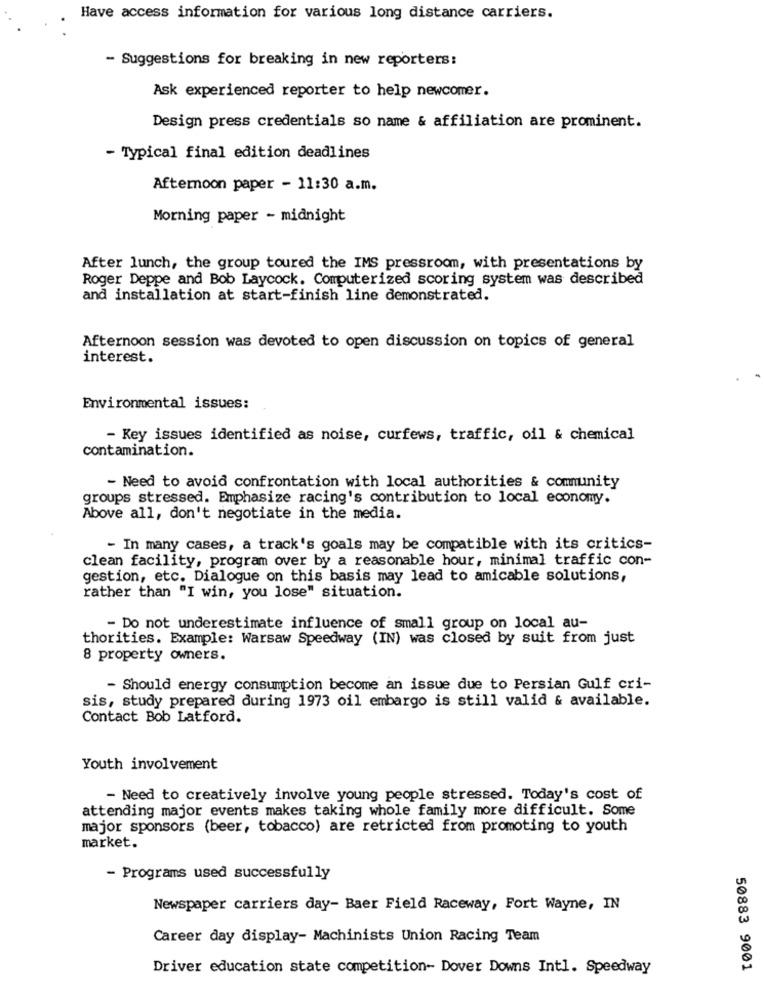
Have access information for various long distance carriers.
- Suggestions for breaking in new reporters:
Ask experienced reporter to help newcomer.
Design press credentials so name & affiliation are prominent.
- Typical final edition deadlines
Afternoon paper - 11:30 a.m.
Morning paper - midnight
After lunch, the group toured the IMS pressroom, with presentations by
Roger Deppe and Bob Laycock. Computerized scoring system was described
and installation at start-finish line demonstrated.
Afternoon session was devoted to open discussion on topics of general
interest.
Environmental issues:
- Key issues identified as noise, curfews, traffic, oil & chemical
contamination.
- Need to avoid confrontation with local authorities & community
groups stressed. Emphasize racing's contribution to local economy.
Above all, don't negotiate in the media.
- In many cases, a track's goals may be compatible with its critics-
clean facility, program over by a reasonable hour, minimal traffic con-
gestion, etc. Dialogue on this basis may lead to amicable solutions,
rather than "I win, you lose" situation.
- Do not underestimate influence of small group on local au-
thorities. Example: Warsaw Speedway (IN) was closed by suit from just
8 property owners.
- Should energy consumption become an issue due to Persian Gulf cri-
sis, study prepared during 1973 oil embargo is still valid & available.
Contact Bob Latford.
Youth involvement
- Need to creatively involve young people stressed. Today's cost of
attending major events makes taking whole family more difficult. Some
major sponsors (beer, tobacco) are retricted from promoting to youth
market.
- Programs used successfully
Newspaper carriers day- Baer Field Raceway, Fort Wayne, IN
Career day display- Machinists Union Racing Team
Driver education state competition- Dover Downs Intl. Speedway
50883 9001